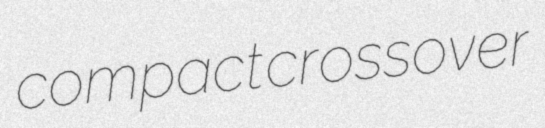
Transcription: compact crossover